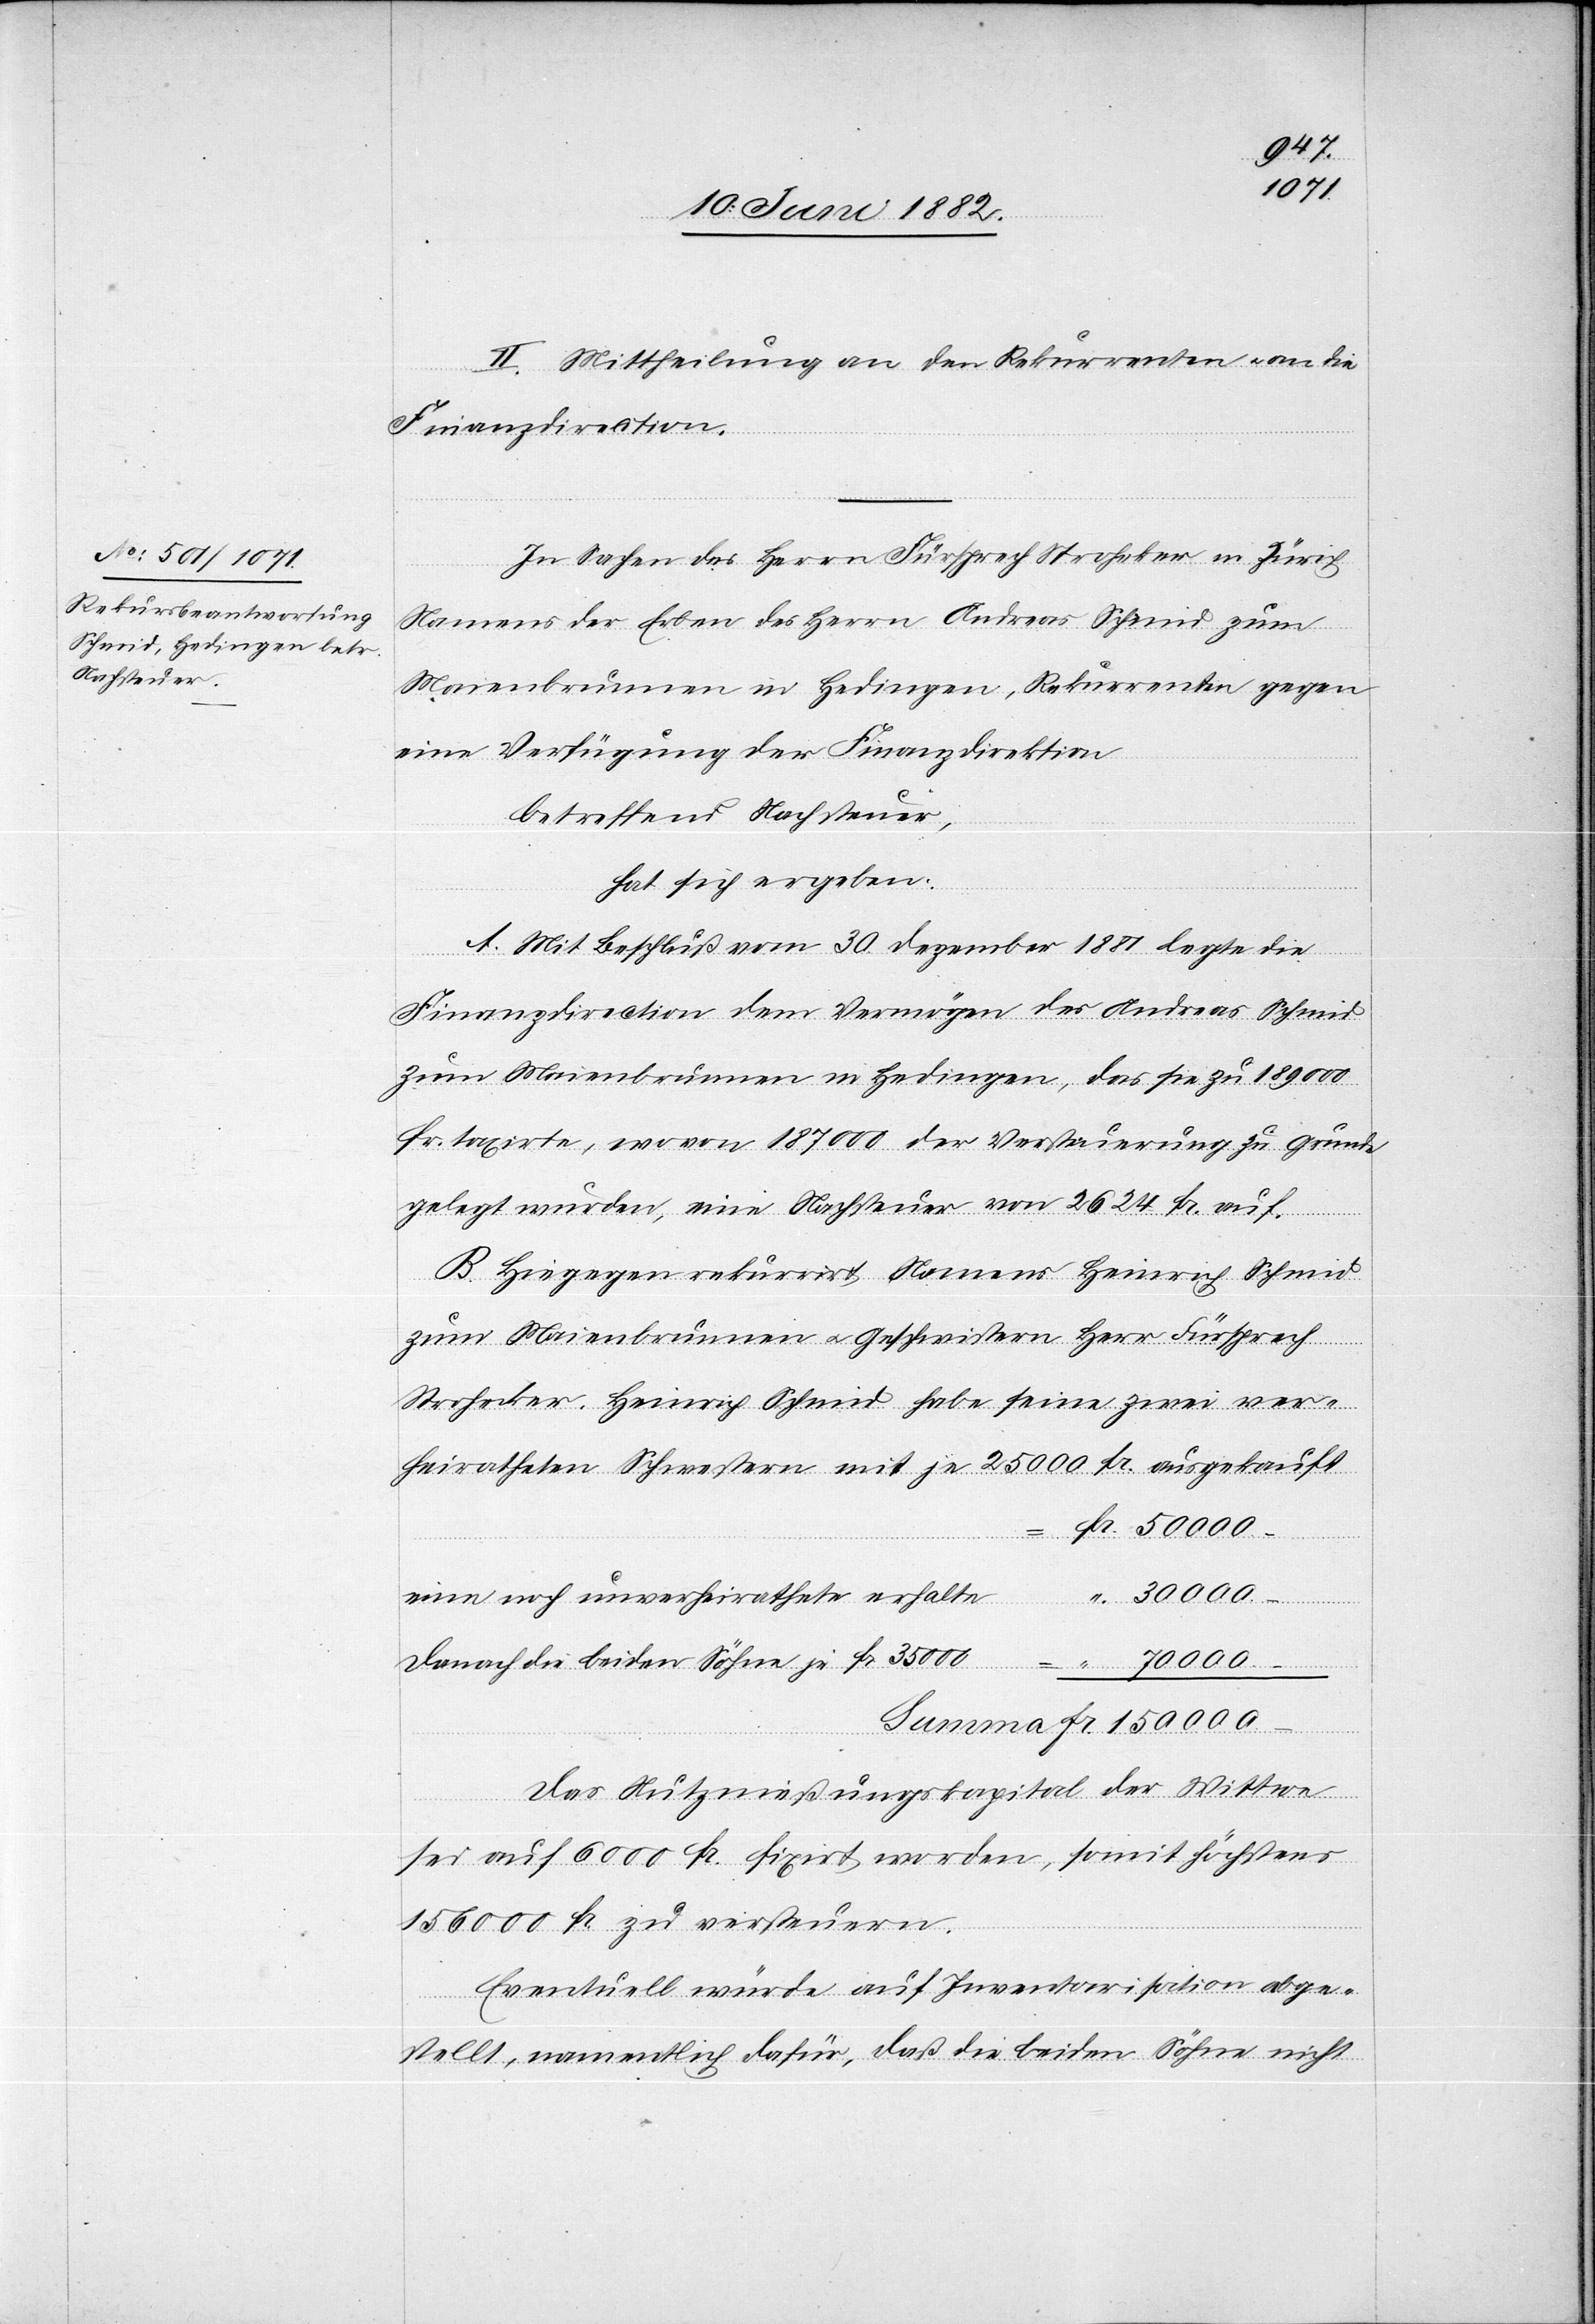
II. Mittheilung an den Rekurrenten u. an die
Finanzdirection.
In Sachen des Herrn Fürsprech Stroheker in Zürich
Namens der Erben des Herrn Andreas Schmid zum
Maienbrunnen in Hedingen, Rekurrenten gegen
eine Verfügung der Finanzdirection
betreffend Nachsteuer,
hat sich ergeben:
A. Mit Beschluß vom 30. Dezember 1881 legte die
Finanzdirection dem Vermögen des Andreas Schmid
zum Maienbrunnen in Hedingen, das sie zu 189 000
Fr. taxirte, wovon 187 000 der Versteuerung zu Grunde
gelegt wurden, eine Nachsteuer von 2624 Fr. auf.
B. Hiegegen rekurrirt Namens Heinrich Schmid
zum Maienbrunnen u. Geschwistern Herr Fürsprech
Strohecker. Heinrich Schmid habe seine zwei ver¬
heiratheten Schwestern mit je 25 000 Fr. ausgekauft
50 000.–
eine noch unverheirathete erhalte
150 000.–
demnach die beiden Söhne je Fr. 35 000
Summa
Das Nutznießungskapital der Wittwe
sei auf 6000 Fr. fixirt worden, somit höchstens
156 000 Fr. zu versteuern.
Eventuell würde auf Inventarisation abge¬
stellt, namentlich dafür, daß die beiden Söhne nicht